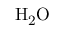
\mathrm { H _ { 2 } O }